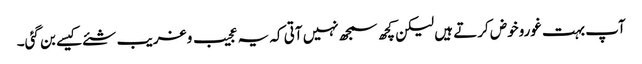
آپ بہت غوروخوض کرتے ہیں لیکن کچھ سمجھ نہیں آتی کہ یہ عجیب و غریب شئے کیسے بن گئی۔